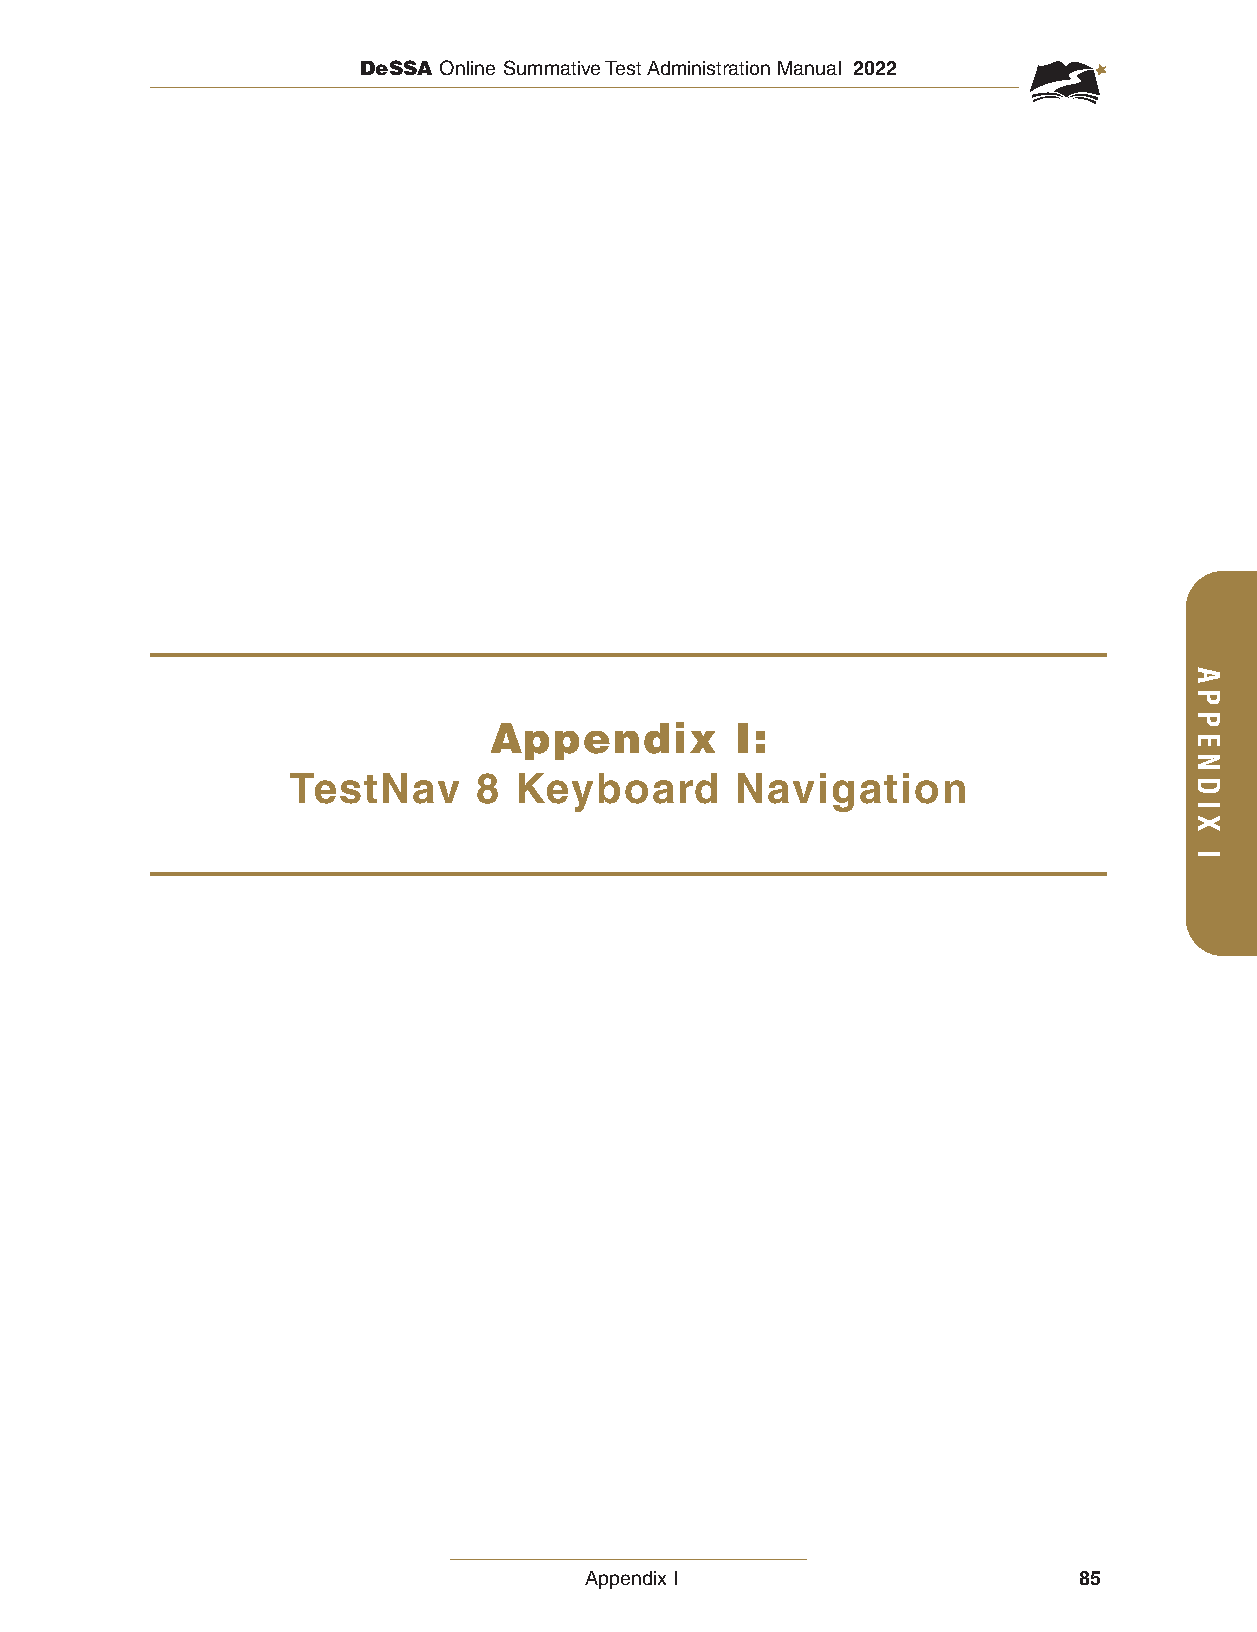
DeSSA Online Summative Test Administration Manual 2022
 Appendix         I:
 TestNav      8 Keyboard       Navigation
 Appendix I                      85
 APPENDIX
 I